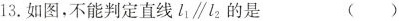
13.如图，不能判定直线l_{1}∥l_{2}的是（）